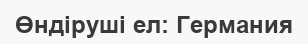
Өндіруші ел: Германия